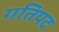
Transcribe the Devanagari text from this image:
गतिपद